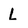
Character: L